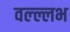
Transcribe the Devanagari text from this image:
वल्ल्लभ